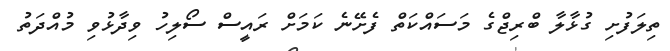
ތިލަފުށި ގުޅާލާ ބްރިޖްގެ މަސައްކަތް ފެށޭނެ ކަމަށް ރައީސް ސޯލިހު ވިދާޅުވި މުއްދަތު